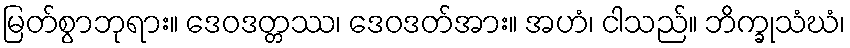
မြတ်စွာဘုရား။ ဒေဝဒတ္တဿ၊ ဒေဝဒတ်အား။ အဟံ၊ ငါသည်။ ဘိက္ခုသံဃံ၊